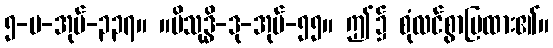
၅-ပ-အုပ်-၃၃၇။ ။ပိသုဒ္ဓိ-ဒု-အုပ်-၅၅။ ဤ၌ စုံလင်စွာပြထား၏။